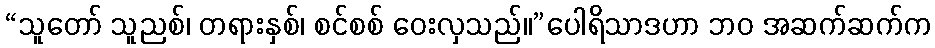
“သူတော် သူညစ်၊ တရားနှစ်၊ စင်စစ် ဝေးလှသည်။”ပေါရိသာဒဟာ ဘဝ အဆက်ဆက်က